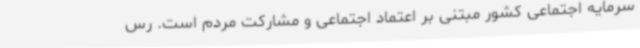
سرمایه اجتماعی کشور مبتنی بر اعتماد اجتماعی و مشارکت مردم است. رس